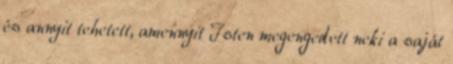
és annyit tehetett, amennyit Isten megengedett neki a saját